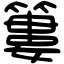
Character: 簍